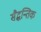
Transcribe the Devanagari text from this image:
सैद्धन्तिक